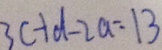
3 c + d - 2 a = 1 3